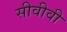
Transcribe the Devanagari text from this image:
सीवीवी